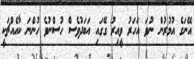
އޭނަގެ އުމުރުން ނުވަ އަހަރު ވީއިރު ގޭގައި އަބަދުވެސް ހުސްނުވެ ހުންނަ ކާއެއްޗަކީ